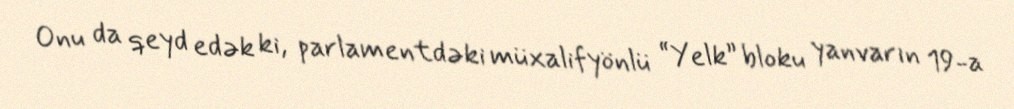
Onu da qeyd edək ki, parlamentdəki müxalifyönlü “Yelk” bloku yanvarın 19-a